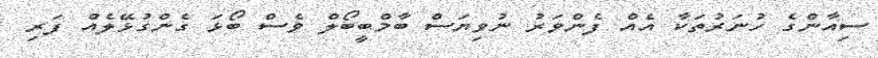
ސިއާންގެ ހުނަރުތަކާ އެއް ފެންވަރު ނުވިޔަސް ބާމްބީބޯލް ވެސް ބޯޅަ ގެންގުޅޭލެއް ފަރި